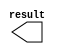
// megafunction wizard: %LPM_CONSTANT%VBB%
// GENERATION: STANDARD
// VERSION: WM1.0
// MODULE: LPM_CONSTANT 

// ============================================================
// Megafunction Name(s):
// 			LPM_CONSTANT
//
// Simulation Library Files(s):
// 			
// ============================================================
// ************************************************************
// THIS IS A WIZARD-GENERATED FILE. DO NOT EDIT THIS FILE!
//
// 18.0.0 Build 614 04/24/2018 SJ Lite Edition
// ************************************************************

//Copyright (C) 2018  Intel Corporation. All rights reserved.
//Your use of Intel Corporation's design tools, logic functions 
//and other software and tools, and its AMPP partner logic 
//functions, and any output files from any of the foregoing 
//(including device programming or simulation files), and any 
//associated documentation or information are expressly subject 
//to the terms and conditions of the Intel Program License 
//Subscription Agreement, the Intel Quartus Prime License Agreement,
//the Intel FPGA IP License Agreement, or other applicable license
//agreement, including, without limitation, that your use is for
//the sole purpose of programming logic devices manufactured by
//Intel and sold by Intel or its authorized distributors.  Please
//refer to the applicable agreement for further details.

module inv_one_two_eight (
	result)/* synthesis synthesis_clearbox = 1 */;

	output	[31:0]  result;

endmodule

// ============================================================
// CNX file retrieval info
// ============================================================
// Retrieval info: PRIVATE: INTENDED_DEVICE_FAMILY STRING "Cyclone V"
// Retrieval info: PRIVATE: JTAG_ENABLED NUMERIC "0"
// Retrieval info: PRIVATE: JTAG_ID STRING "NONE"
// Retrieval info: PRIVATE: Radix NUMERIC "2"
// Retrieval info: PRIVATE: SYNTH_WRAPPER_GEN_POSTFIX STRING "0"
// Retrieval info: PRIVATE: Value NUMERIC "1006632960"
// Retrieval info: PRIVATE: nBit NUMERIC "32"
// Retrieval info: PRIVATE: new_diagram STRING "1"
// Retrieval info: LIBRARY: lpm lpm.lpm_components.all
// Retrieval info: CONSTANT: LPM_CVALUE NUMERIC "1006632960"
// Retrieval info: CONSTANT: LPM_HINT STRING "ENABLE_RUNTIME_MOD=NO"
// Retrieval info: CONSTANT: LPM_TYPE STRING "LPM_CONSTANT"
// Retrieval info: CONSTANT: LPM_WIDTH NUMERIC "32"
// Retrieval info: USED_PORT: result 0 0 32 0 OUTPUT NODEFVAL "result[31..0]"
// Retrieval info: CONNECT: result 0 0 32 0 @result 0 0 32 0
// Retrieval info: GEN_FILE: TYPE_NORMAL inv_one_two_eight.v TRUE
// Retrieval info: GEN_FILE: TYPE_NORMAL inv_one_two_eight.inc FALSE
// Retrieval info: GEN_FILE: TYPE_NORMAL inv_one_two_eight.cmp FALSE
// Retrieval info: GEN_FILE: TYPE_NORMAL inv_one_two_eight.bsf TRUE
// Retrieval info: GEN_FILE: TYPE_NORMAL inv_one_two_eight_inst.v FALSE
// Retrieval info: GEN_FILE: TYPE_NORMAL inv_one_two_eight_bb.v TRUE